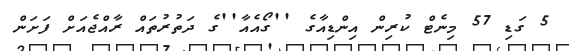
5 ގަޑި 57 މިނެޓް ކުރިން އިންޑިއާގެ ''ގޯއެއާ''ގެ ދަތުރުތައް ރާއްޖެއަށް ފަށަން